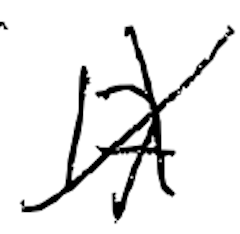
Text: 17
Cross-out: cross
Writing tool: digital_black